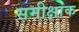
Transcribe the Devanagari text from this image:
समीक्षांक